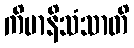
ကိမာနိသံသာတိ